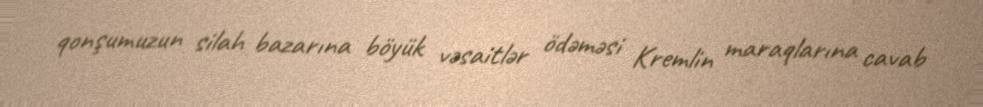
qonşumuzun silah bazarına böyük vəsaitlər ödəməsi Kremlin maraqlarına cavab